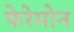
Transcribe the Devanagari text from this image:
फेरेमोन